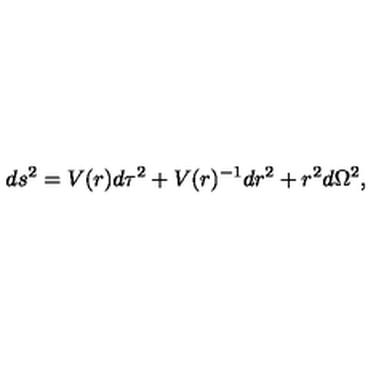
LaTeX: d s ^ { 2 } = V ( r ) d \tau ^ { 2 } + V ( r ) ^ { - 1 } d r ^ { 2 } + r ^ { 2 } d \Omega ^ { 2 } ,